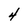
Character: 4